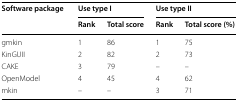
<table><thead><tr><td rowspan="2"><b>Software package</b></td><td colspan="2"><b>Use type I</b></td><td colspan="2"><b>Use type II</b></td></tr><tr><td><b>Rank</b></td><td><b>Total score</b></td><td><b>Rank</b></td><td><b>Total score (%)</b></td></tr></thead><tbody><tr><td>gmkin</td><td>1</td><td>86</td><td>1</td><td>75</td></tr><tr><td>KinGUII</td><td>2</td><td>82</td><td>2</td><td>73</td></tr><tr><td>CAKE</td><td>3</td><td>79</td><td>–</td><td>–</td></tr><tr><td>OpenModel</td><td>4</td><td>45</td><td>4</td><td>62</td></tr><tr><td>mkin</td><td>–</td><td>–</td><td>3</td><td>71</td></tr></tbody></table>